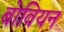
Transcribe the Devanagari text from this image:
बोवियन